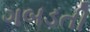
ગબડતી